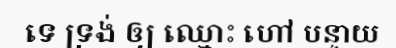
ទេ ទ្រង់ ឲ្យ ឈ្មោះ ហៅ បន្ទាយ